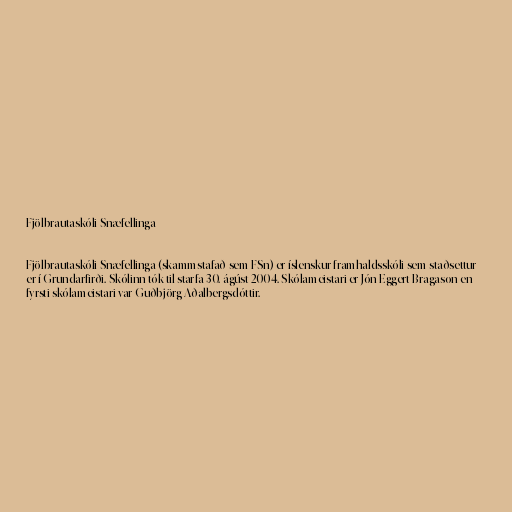
Fjölbrautaskóli Snæfellinga

Fjölbrautaskóli Snæfellinga (skammstafað sem FSn) er íslenskur framhaldsskóli sem staðsettur
er í Grundarfirði. Skólinn tók til starfa 30. ágúst 2004. Skólameistari er Jón Eggert Bragason en
fyrsti skólameistari var Guðbjörg Aðalbergsdóttir.